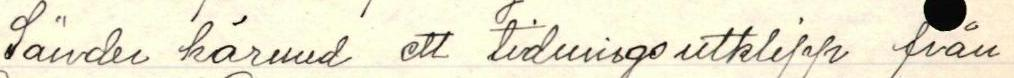
Sänder härmed ett tidnigs utklipp från